Report of the King Institute of Preventive Medicine, Guindy
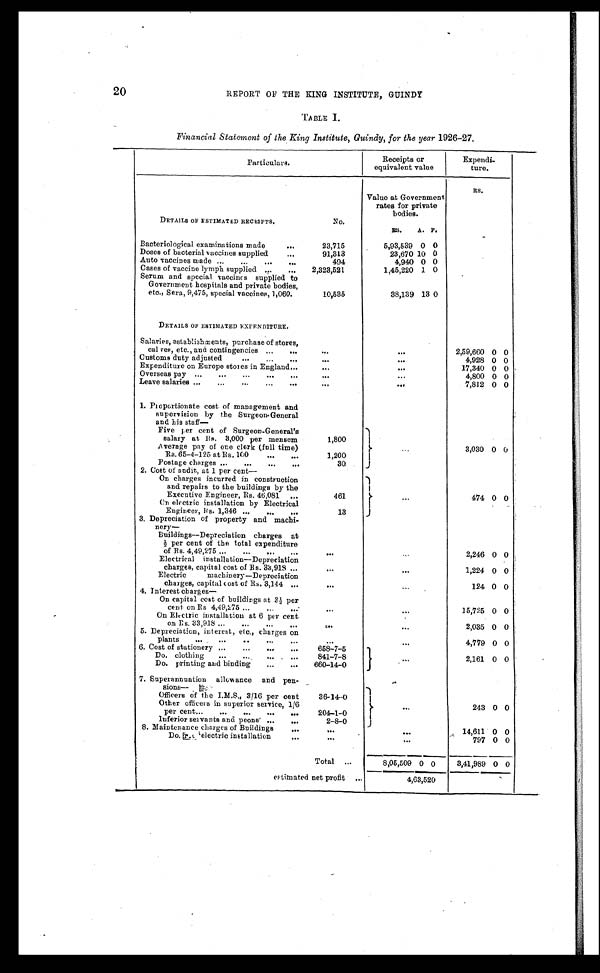
20
REPORT OF THE KING INSTITUTE, GUINDY
TABLE I.
Financial Statement of the King Institute, Guindy, for the year 1926-27.
Particulars.
Receipts or
equivalent value
Expendi-
ture.
Value at Government
rates for private
bodies.
RS.
DETAILS OF ESTIMATED RECEIPTS.
No.
RS.
A. P.
Bacteriological examinations made
. . .
23,715
5,93,539 0 0
Doses of bacterial vaccines supplied
. . .
91,313
23,670 10 0
Auto vaccines made . . .
494
4,940 0 0
Cases of vaccine lymph supplied . . .
2,323,521
1,45,220
1 0
Serum and special vaccines supplied to
Government hospitals and private bodies,
etc., Sera, 9,475, special vaccines, 1,060.
10,535
38,139 13 0
DETAILS OF ESTIMATED EXPENDITURE.
Salaries, establishments, purchase of stores,
cal ves, etc., and contingencies . . .
. . .
. . .
2,59,660 0 0
Customs duty adjusted . . .
. . .
. . .
4,928 0 0
Expenditure on Europe stores in England . . .
. . .
. . .
17,340 0 0
Overseas pay . . .
. . .
. . .
4,800 0 0
Leave salaries
. . .
. . .
. . .
7,812 0 0
1. Proportionate cost of management and
supervision by the Surgeon-General
and his staff—
Five per cent of Surgeon-General's
salary at Rs. 3,000 per mensem
1,800
3,030 0 0
Average pay of one clerk (full time)
Rs. 65-4-125 at Rs.100 . . .
1,200
Postage charges . . .
30
2. Cost of audit, at 1 per cent—
On charges incurred in construction
and repairs to the buildings by the
Executive Engineer, Rs. 46,081 . . .
461
. . .
474 0 0
On electric installation by Electrical
Engineer, Rs. 1,346
. . .
13
3. Depreciation of property and machi-
nery—
Buildings—Depreciation charges at
½ per cent of the total expenditure
of Rs. 4,49,275 . . .
. . .
. . .
2,246 0 0
Electrical installation—Depreciation
charges, capital cost of Rs. 33,918 . . .
. . .
. . .
1,224 0 0
Electric machinery—Depreciation
charges, capital cost of Rs. 3,144
. . .
. . .
. . .
124 0 0
4 . I n t e r e s t c h a r g e s —
On capital cost of buildings at 3½per
cent on Rs. 4,49,275 . . .
. . .
. . .
15,725 0 0
On Electric installation at 6 per cent
on Rs. 33,918 . . .
. . .
. . .
2,035 0 0
5. Depreciation, interest, etc., charges on
plants . . .
. . .
. . .
4,779 0 0
6. Cost of stationery
. . .
658-7-5
. . .
2,161 0 0
Do. clothing
. . .
841-7-8
Do. printing and binding
. . .
660-14-0
7. Superannuation allowance and pen-
sions—
Officers of the I.M.S., 3/16 per cent
36-14-0
. . .
243 0 0
Other officers in superior service, 1/6
per cent . . .
204-1-0
Inferior servants and peons
. . .
2-8-0
8. Maintenance charges of Buildings
. . .
. . .
. . .
14,611 0 0
Do. electric installation
. . .
. . .
. . .
797 0 0
Total
. . .
8,05,509 0 0
3,41,989 0 0
estimated net profit . . .
4,63,520